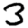
Digit: 3